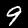
Label: 9